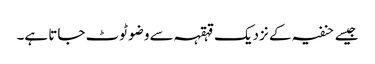
جیسے حنفیہ کے نزدیک قہقہہ سے وضو ٹوٹ جاتا ہے۔